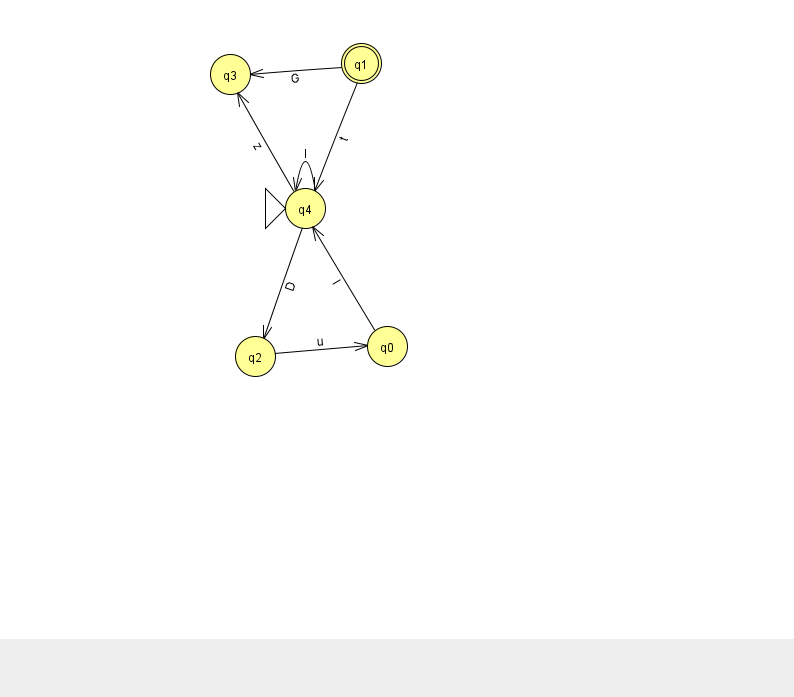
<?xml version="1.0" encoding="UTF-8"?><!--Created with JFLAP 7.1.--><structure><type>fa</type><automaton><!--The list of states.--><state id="0" name="q0"><x>387.0</x><y>333.0</y></state><state id="1" name="q1"><x>361.0</x><y>50.0</y><final/></state><state id="2" name="q2"><x>255.0</x><y>343.0</y></state><state id="3" name="q3"><x>230.0</x><y>61.0</y></state><state id="4" name="q4"><x>305.0</x><y>195.0</y><initial/></state><!--The list of transitions.--><transition><from>1</from><to>4</to><read>t</read></transition><transition><from>4</from><to>3</to><read>z</read></transition><transition><from>1</from><to>3</to><read>G</read></transition><transition><from>2</from><to>0</to><read>u</read></transition><transition><from>0</from><to>4</to><read>l</read></transition><transition><from>4</from><to>4</to><read>l</read></transition><transition><from>4</from><to>2</to><read>D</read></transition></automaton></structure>